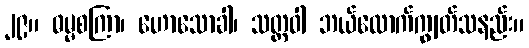
၂၉။ ဓမ္မစကြာ၊ ဟောသောခါ၊ သတ္တဝါ ဘယ်လောက်ကျွတ်သနည်း။